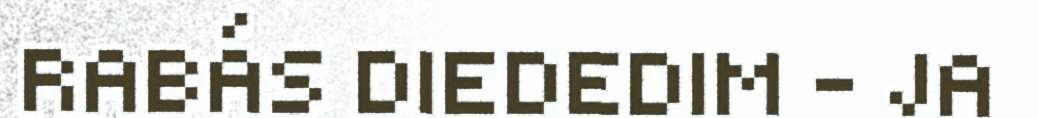
RABÁS DIEDEDIM - JA